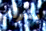
بشراء